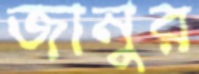
জানুর